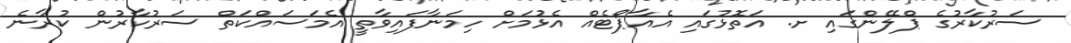
ސަރުކާރުގެ ޕްލޭންގައި ށ. އަތޮޅުގައި އެއާޕޯޓެއް އެޅުމަށް ހިމަނާފައިވާތީ އެމަސައްކަތް ސަރުކާރުން ކުރާނެ